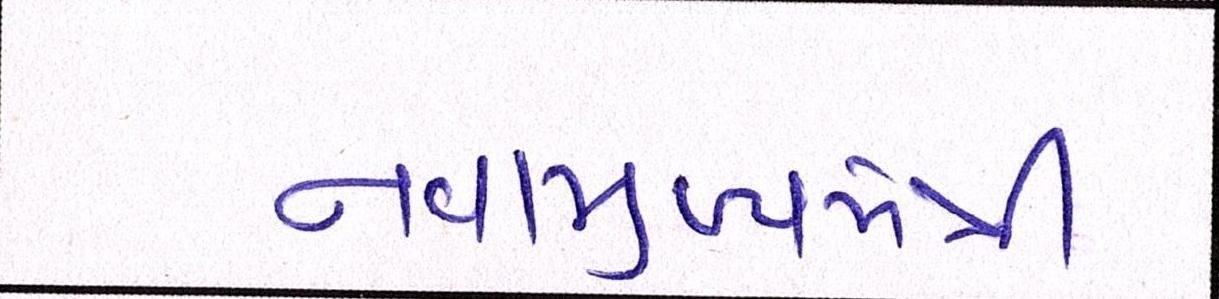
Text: નવામુખ્યમંત્રી